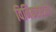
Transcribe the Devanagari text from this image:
विनिकरस्टीन